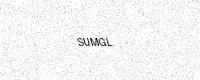
Text: SUMGL